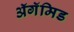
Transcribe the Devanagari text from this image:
ॲगॅमिड